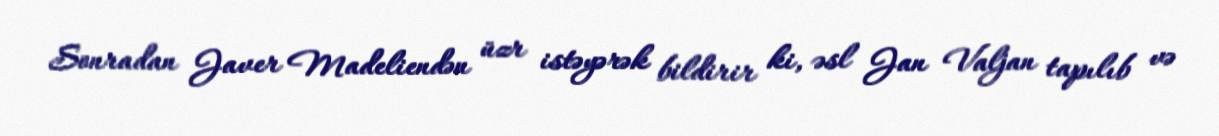
Sonradan Javer Madeliendən üzr istəyərək bildirir ki, əsl Jan Valjan tapılıb və